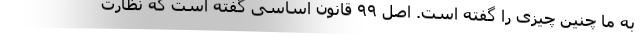
به ما چنین چیزی را گفته است. اصل ۹۹ قانون اساسی گفته است که نظارت